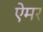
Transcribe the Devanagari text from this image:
ऐमर